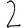
Digit: 2